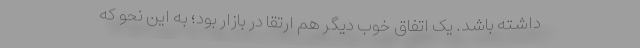
داشته باشد. یک اتفاق خوب دیگر هم ارتقا در بازار بود؛ به این نحو که